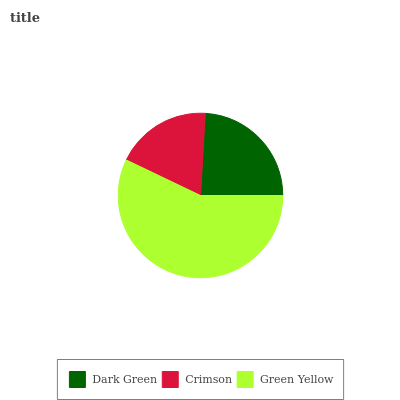
| Dark Green | Crimson | Green Yellow |
 | --- | --- | --- |
 | 24% | 18.8% | 57.2% |